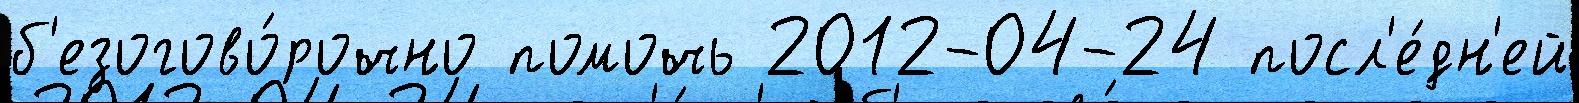
б'езогово́рочно помочь 2012-04-24 посл'е́дн'ей